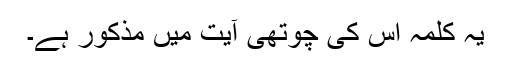
یہ کلمہ اس کی چوتھی آیت میں مذکور ہے۔